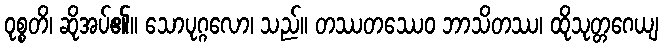
ဝုစ္စတိ၊ ဆိုအပ်၏။ သောပုဂ္ဂလော၊ သည်။ တဿတဿေဝ ဘာသိတဿ၊ ထိုသုတ္တဂေယျ